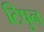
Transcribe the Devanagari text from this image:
टिपुन